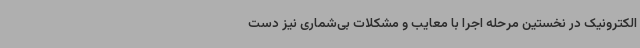
الکترونیک در نخستین مرحله اجرا با معایب و مشکلات بی‌شماری نیز دست